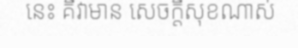
នេះ គឺវាមាន សេចក្តីសុខណាស់